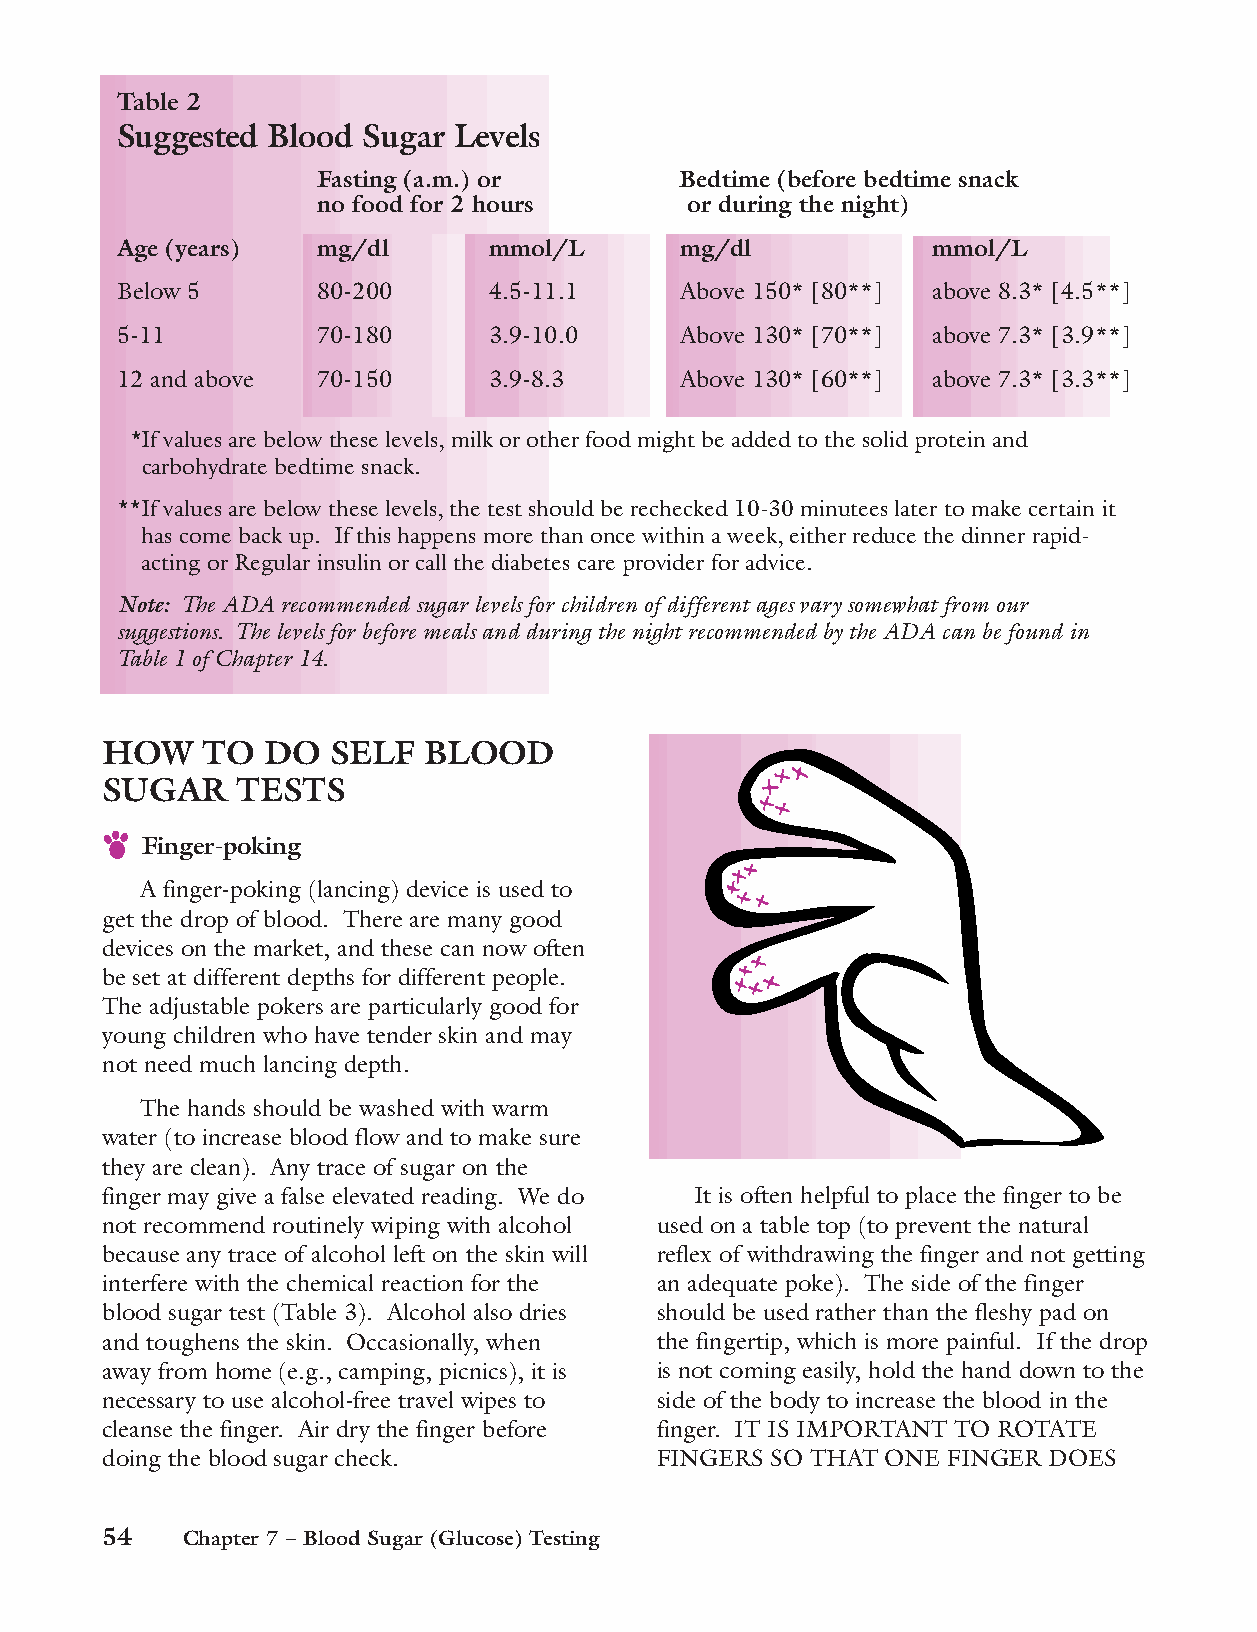
Table 2
 Suggested Blood Sugar Levels
 Fasting (a.m.) or       Bedtime (before bedtime snack
 no food for 2 hours     or during the night)
 Age (years)  mg/dl      mmol/L       mg/dl            mmol/L
 Below 5      80-200     4.5-11.1     Above 150* [80**] above 8.3* [4.5**]
 5-11         70-180     3.9-10.0     Above 130* [70**] above 7.3* [3.9**]
 12 and above 70-150     3.9-8.3      Above 130* [60**] above 7.3* [3.3**]
 *If values are below these levels, milk or other food might be added to the solid protein and
 carbohydrate bedtime snack.
 **If values are below these levels, the test should be rechecked 10-30 minutees later to make certain it
 has come back up. If this happens more than once within a week, either reduce the dinner rapid-
 acting or Regular insulin or call the diabetes care provider for advice.
 Note: The ADA recommended sugar levels for children of different ages vary somewhat from our
 suggestions. The levels for before meals and during the night recommended by the ADA can be found in
 Table 1 of Chapter 14.
 HOW   TO   DO  SELF  BLOOD
 SUGAR    TESTS
 Finger-poking
 A finger-poking (lancing) device is used to
 get the drop of blood. There are many good
 devices on the market, and these can now often
 be set at different depths for different people.
 The adjustable pokers are particularly good for
 young children who have tender skin and may
 not need much lancing depth.
 The hands should be washed with warm
 water (to increase blood flow and to make sure
 they are clean). Any trace of sugar on the
 finger may give a false elevated reading. We do It is often helpful to place the finger to be
 not recommend routinely wiping with alcohol used on a table top (to prevent the natural
 because any trace of alcohol left on the skin will reflex of withdrawing the finger and not getting
 interfere with the chemical reaction for the an adequate poke). The side of the finger
 blood sugar test (Table 3). Alcohol also dries should be used rather than the fleshy pad on
 and toughens the skin. Occasionally, when the fingertip, which is more painful. If the drop
 away from home (e.g., camping, picnics), it is is not coming easily, hold the hand down to the
 necessary to use alcohol-free travel wipes to side of the body to increase the blood in the
 cleanse the finger. Air dry the finger before finger. IT IS IMPORTANT TO ROTATE
 doing the blood sugar check.        FINGERS SO THAT ONE FINGER DOES
 54   Chapter 7 – Blood Sugar (Glucose) Testing